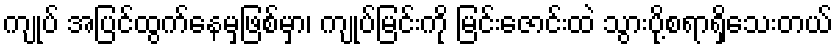
ကျုပ် အပြင်ထွက်နေမှဖြစ်မှာ၊ ကျုပ်မြင်းကို မြင်းဇောင်းထဲ သွားပို့စရာရှိသေးတယ်